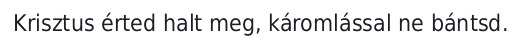
Krisztus érted halt meg, káromlással ne bántsd.